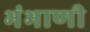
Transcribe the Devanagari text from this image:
भंभाणी